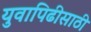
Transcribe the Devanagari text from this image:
युवापिढीसाठी